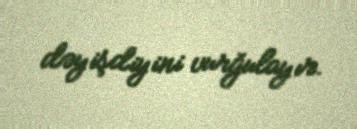
dəyişdiyini vurğulayır.